Indian journal of veterinary science and animal husbandry - Volume 5,
Year: 1935
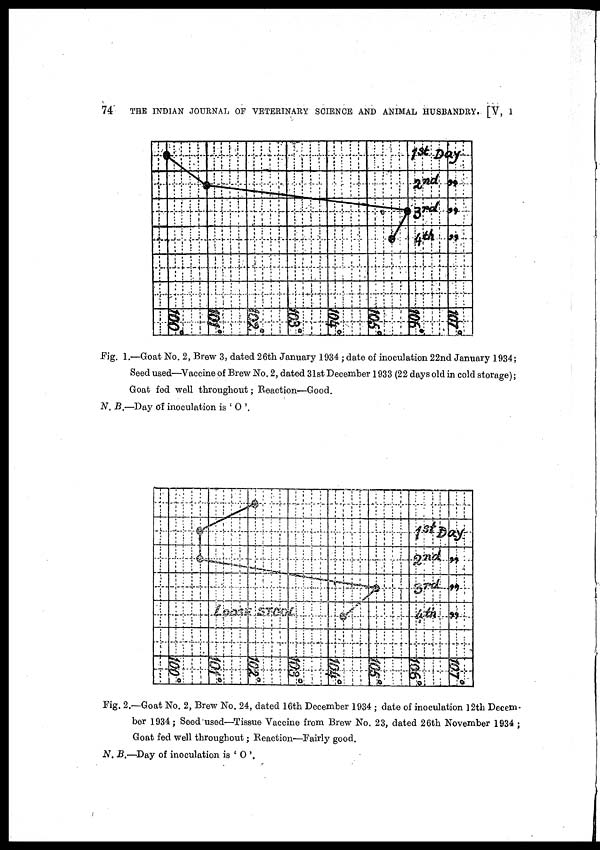
74
THE INDIAN JOURNAL OF VETERINARY SCIENCE AND ANIMAL HUSBANDRY. [V, 1
Fig. 1.—Goat No. 2, Brew 3, dated 26th January 1934 ; date of inoculation 22nd January 1934 ;
Seed used—Vaccine of Brew No. 2, dated 31st December 1933 (22 days old in cold storage) ;
Goat fed well throughout; Reaction—Good.
N. B.—Day of inoculation is ' O '.
Fig. 2.—Goat No. 2, Brew No. 24, dated 16th December 1934 ; date of inoculation 12th Decem-
ber 1934 ; Seed used—Tissue Vaccine from Brew No. 23, dated 26th November 1934 ;
Goat fed well throughout; Reaction—Fairly good.
N. B.—Day of inoculation is 'O '.